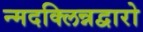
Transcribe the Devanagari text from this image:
न्मदक्लिन्नद्वारो